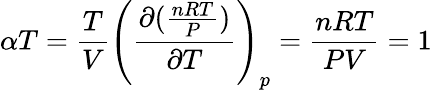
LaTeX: \alpha T={\frac{T}{V}}\left({\frac{\partial({\frac{nRT}{P}})}{\partial T}}\right)_{p}={\frac{nRT}{PV}}=1